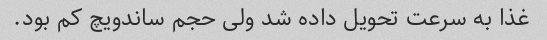
غذا به سرعت تحویل داده شد ولی حجم ساندویچ کم بود.